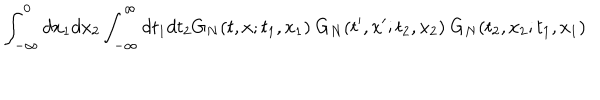
LaTeX: \int _ { - \infty } ^ { 0 } d x _ { 1 } d x _ { 2 } \int _ { - \infty } ^ { \infty } d t _ { 1 } d t _ { 2 } G _ { N } ( t , x ; t _ { 1 } , x _ { 1 } ) ~ G _ { N } ( t ^ { \prime } , x ^ { \prime } ; t _ { 2 } , x _ { 2 } ) ~ G _ { N } ( t _ { 2 } , x _ { 2 } ; t _ { 1 } , x _ { 1 } )